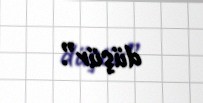
düşür”.